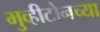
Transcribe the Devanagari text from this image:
मुव्हीटोनच्या